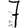
Digit: 7